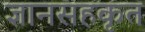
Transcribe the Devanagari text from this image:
ज्ञानसहकृत